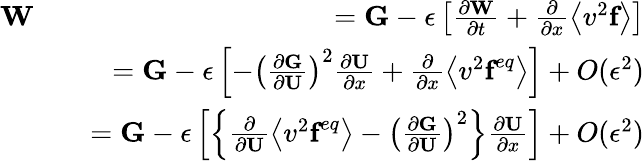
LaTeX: \begin{array}{rlr}{\textbf{W}}&{}&{=\textbf{G}-\epsilon\left[\frac{\partial\textbf{W}}{\partial t}+\frac{\partial}{\partial x}\left\langle v^{2}\textbf{f}\right\rangle\right]}\\ &{}&{=\textbf{G}-\epsilon\left[-\left(\frac{\partial\textbf{G}}{\partial\textbf{U}}\right)^{2}\frac{\partial\textbf{U}}{\partial x}+\frac{\partial}{\partial x}\left\langle v^{2}\textbf{f}^{eq}\right\rangle\right]+O(\epsilon^{2})}\\ &{}&{=\textbf{G}-\epsilon\left[\left\{ \frac{\partial}{\partial\textbf{U}}\left\langle v^{2}\textbf{f}^{eq}\right\rangle-\left(\frac{\partial\textbf{G}}{\partial\textbf{U}}\right)^{2}\right\} \frac{\partial\textbf{U}}{\partial x}\right]+O(\epsilon^{2})}\end{array}